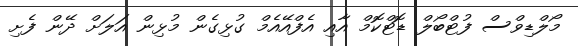
މޯލްޑިވްސް ފުޓްބޯލް ޑޮޓްކޮމް އާއި އެފްއޭއެމް ގުޅިގެން މުޅިން އަލަށް ދޭން ފެށި